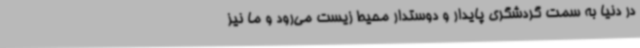
در دنیا به سمت گردشگری پایدار و دوستدار محیط زیست می‌رود و ما نیز